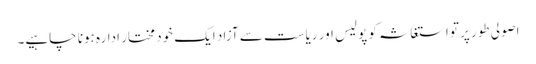
اصولی طور پر تو استغاثہ کو پولیس اور ریاست سے آزاد ایک خود مختار ادارہ ہونا چاہیے۔